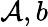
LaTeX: \mathcal{A},b